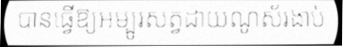
បានធ្វើឱ្យអម្បូរសត្វដាយណូស័រងាប់